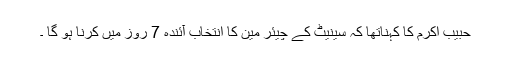
حبیب اکرم کا کہناتھا کہ سینیٹ کے چیئر مین کا انتخاب آئندہ 7 روز میں کرنا ہو گا ۔